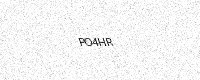
Text: PO4HR